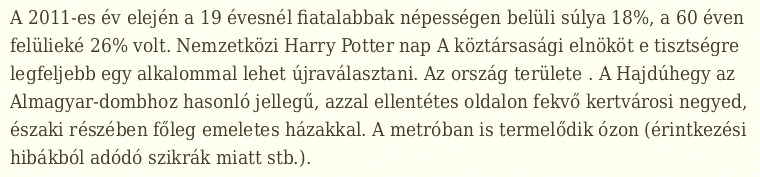
A 2011-es év elején a 19 évesnél fiatalabbak népességen belüli súlya 18%, a 60 éven felülieké 26% volt. Nemzetközi Harry Potter nap A köztársasági elnököt e tisztségre legfeljebb egy alkalommal lehet újraválasztani. Az ország területe . A Hajdúhegy az Almagyar-dombhoz hasonló jellegű, azzal ellentétes oldalon fekvő kertvárosi negyed, északi részében főleg emeletes házakkal. A metróban is termelődik ózon (érintkezési hibákból adódó szikrák miatt stb.).